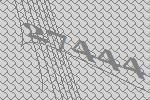
27444